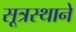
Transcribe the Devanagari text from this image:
सूत्रस्थाने